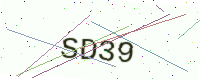
Text: SD39